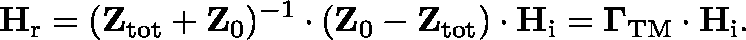
\mathbf { H } _ { \mathrm { r } } = ( \mathbf { Z } _ { \mathrm { t o t } } + \mathbf { Z } _ { 0 } ) ^ { - 1 } \cdot ( \mathbf { Z } _ { 0 } - \mathbf { Z } _ { \mathrm { t o t } } ) \cdot \mathbf { H } _ { \mathrm { i } } = \mathbf { \Gamma } _ { \mathrm { T M } } \cdot \mathbf { H } _ { \mathrm { i } } .